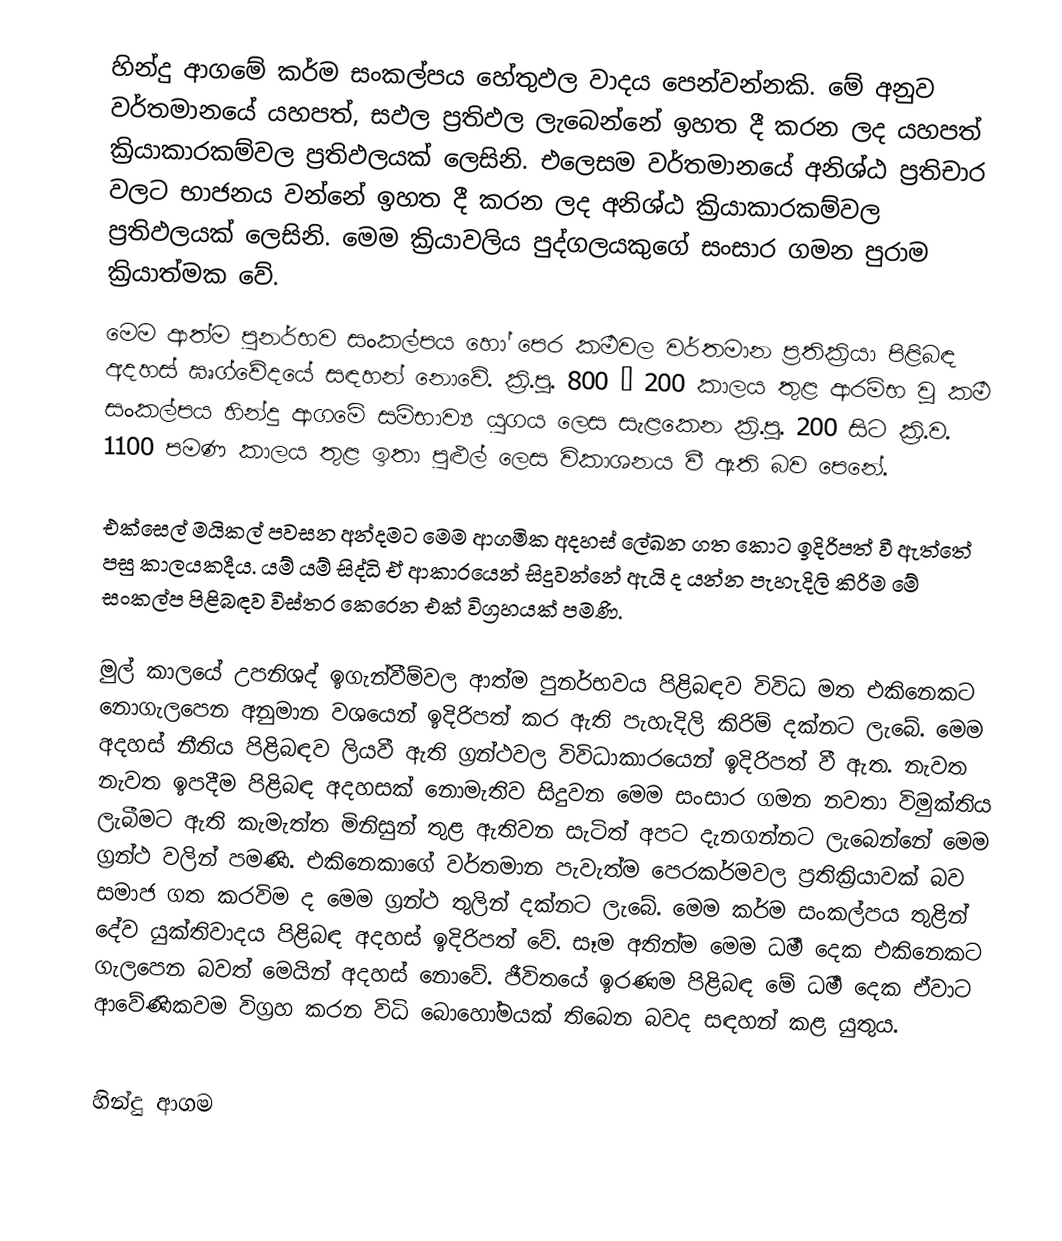
හින්දු ආගමේ කර්ම සංකල්පය හේතුඵල වාදය පෙන්වන්නකි. මේ අනුව වර්තමානයේ යහපත්, සඵල ප්‍රතිඵල ලැබෙන්නේ ඉහත දී කරන ලද යහපත් ක්‍රියාකාරකම්වල ප්‍රතිඵලයක් ලෙසිනි. එලෙසම වර්තමානයේ අනිශ්ඨ ප්‍රතිචාර වලට භාජනය වන්නේ ඉහත දී කරන ලද අනිශ්ඨ ක්‍රියාකාරකම්වල ප්‍රතිඵලයක් ලෙසිනි. මෙම ක්‍රියාවලිය පුද්ගලයකුගේ සංසාර ගමන පුරාම ක්‍රියාත්මක වේ.
මෙම ආත්ම පුනර්භව සංකල්පය හෝ පෙර කර්‍මවල වර්තමාන ප්‍රතික්‍රියා පිළිබඳ අදහස් ඝෘග්වේදයේ සඳහන් නොවේ. ක්‍රි.පූ. 800 – 200 කාලය තුළ ආරම්භ වූ කර්‍ම සංකල්පය හින්දු ආගමේ සම්භාව්‍ය යුගය ලෙස සැළකෙන ක්‍රි.පූ. 200 සිට ක්‍රි.ව. 1100 පමණ කාලය තුළ ඉතා පුළුල් ලෙස විකාශනය වී ඇති බව පෙනේ.

එ‍ක්සෙල් මයිකල් පවසන අන්දමට මෙම ආගමික අදහස් ලේඛන ගත කොට ඉදිරිපත් වී ඇත්තේ පසු කාල‍යකදීය. යම් යම් සිද්ධි ඒ ආකාරයෙන් සිදුවන්නේ ඇයි ද යන්න පැහැදිලි  කිරිම මේ සංකල්ප පිළිබඳව විස්තර කෙරෙන  එක් විග්‍රහයක් පමණි.

මුල් කාලයේ උපනිශද් ඉගැන්වීම්වල ආත්ම පුනර්භවය පිළිබඳව විවිධ මත එකිනෙකට නොගැලපෙන අනුමාන වශයෙන් ඉදිරිපත් කර ඇති  පැහැදිලි කිරිම් දක්නට ලැබේ. මෙම අදහස් නීතිය පිළිබඳව ලියවී ඇති ග්‍රන්ථවල විවිධාකාරයෙන් ඉදිරිපත් වී ඇත. නැවත නැවත ඉපදීම පිළිබඳ අදහසක් නොමැතිව  සිදුවන මෙම සංසාර ගමන නවතා විමුක්තිය ලැබීමට ඇති කැමැත්ත මිනිසුන් තුළ ඇතිවන සැටිත් අපට දැනගන්නට  ලැබෙන්නේ මෙම ග්‍රන්ථ වලින් පමණි. එකිනෙකාගේ වර්තමාන පැවැත්ම පෙරකර්මවල ප්‍රතික්‍රියාවක් බව සමාජ ගත කරවිම ද මෙම ග්‍රන්ථ තුලින් දක්නට ලැබේ. මෙම කර්ම සංකල්පය තුළින් දේව  යුක්තිවාදය පිළිබඳ අදහස් ඉදිරිපත් ‍වේ. සෑම අතින්ම මෙම ධර්‍ම දෙක එකිනෙකට ගැලපෙන බවත් මෙයින් අදහස් නොවේ. ජීවිතයේ ඉරණම පිළිබඳ මේ ධර්‍ම දෙක ඒවාට ආවේණිකවම විග්‍රහ කරන විධි බොහෝමයක් තිබෙන බවද සඳහන් කළ යුතුය.

හින්දු ආගම